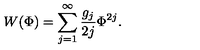
W ( \Phi ) = \sum _ { j = 1 } ^ { \infty } \frac { g _ { j } } { 2 j } \Phi ^ { 2 j } .